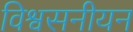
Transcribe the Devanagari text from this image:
विश्वसनीयन